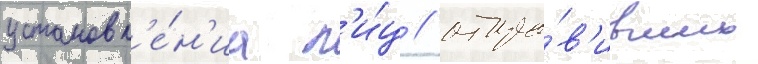
установл'е́н'иа л'и́ц / отпра́в'ивших